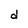
Character: d